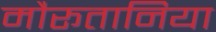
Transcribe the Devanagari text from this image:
मौरूतानिया